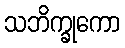
သဘိက္ခုကော